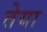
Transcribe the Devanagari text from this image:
तेया